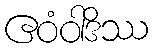
ဧဝံဝါဒိဿ